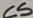
Text: C5